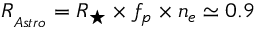
R _ { _ { A s t r o } } = R _ { \star } \times f _ { p } \times n _ { e } \simeq 0 . 9